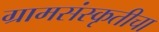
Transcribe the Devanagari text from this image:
ग्रामसंस्कृतीचा